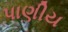
પાણીય